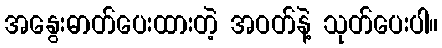
အနွေးဓာတ်ပေးထားတဲ့ အဝတ်နဲ့ သုတ်ပေးပါ။